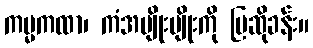
ကမ္မကထာ၊ ကံအမျိုးမျိုးကို ပြဆိုခန်း။